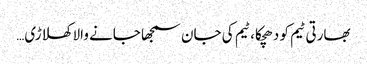
بھارتی ٹیم کو دھچکا، ٹیم کی جان سمجھا جانے والا کھلاڑی…